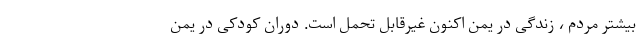
بیشتر مردم ، زندگی در یمن اکنون غیرقابل تحمل است. دوران کودکی در یمن